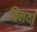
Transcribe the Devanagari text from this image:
विंनया